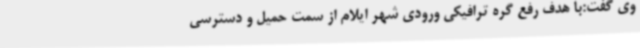
وی گفت:با هدف رفع گره ترافیکی ورودی شهر ایلام از سمت حمیل و دسترسی